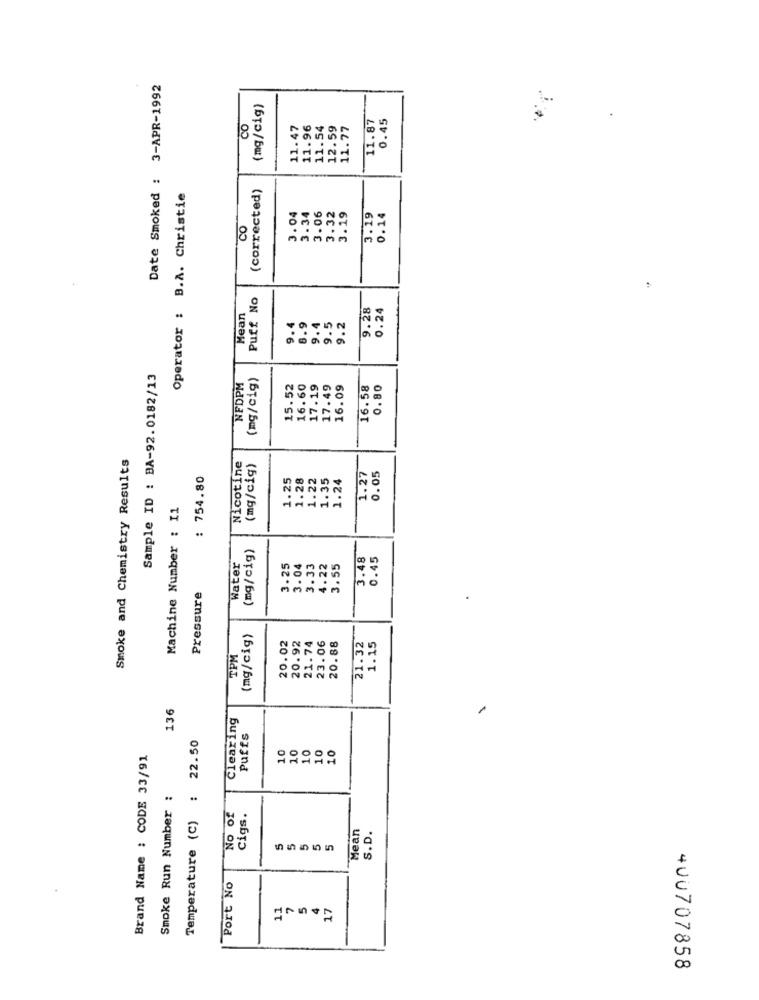
Date Smoked : 3-APR-1992
(mg/cig)
0.45
CO
11.47
11.96
11.54
12.59
11.77
11.87
(corrected)
Operator : B.A. Christie
3.06
3.32
3.19
0.14
3.04
3.34
3.19
CO
Puff No
9.28
0.24
Mean
9.5
9.2
9.4
8.9
9.4
Sample ID : BA-92.0182/13
(mg/cig)
NFDPM
15.52
16.60
17.19
17.49
16.09
16.58
0.80
Smoke and Chemistry Results
Nicotine
(mg/cig)
0.05
: 754.80
1.25
1.28
1.22
1.35
1.24
1.27
Machine Number : 11
(mg/cig)
3.48
0.45
Water
3.25
3.04
3.33
4.22
3.55
Pressure
(mg/cig)
20.92
23.06
20.02
21.74
20.88
21.32
1.15
TPM
136
Clearing
Temperature (C) : 22.50
Puffs
10
10
10
10
10
Brand Name : CODE 33/91
Smoke Run Number :
NO of
Cigs.
Mean
S.D.
5
Port No
11
17
400707858